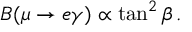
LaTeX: B ( \mu \to e \gamma ) \propto \tan ^ { 2 } \beta \, .